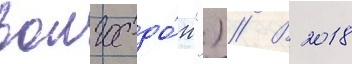
волго-до́н") // В 2018